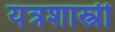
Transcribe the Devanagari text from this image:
यंत्रशास्त्री